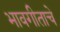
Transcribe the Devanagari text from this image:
भावगीताचे